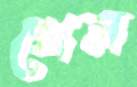
খেল